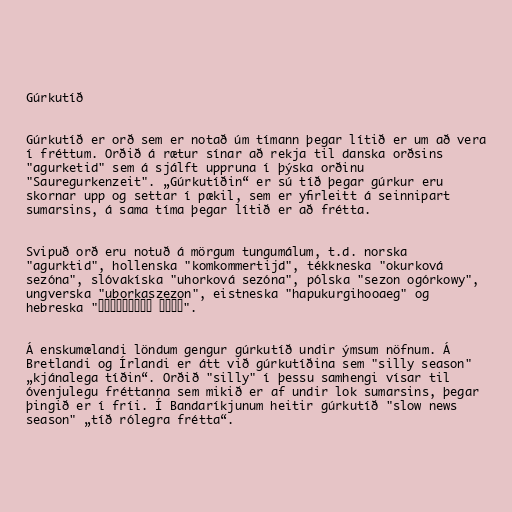
Gúrkutíð

Gúrkutíð er orð sem er notað úm tímann þegar lítið er um að vera
í fréttum. Orðið á rætur sínar að rekja til danska orðsins
"agurketid" sem á sjálft uppruna í þýska orðinu
"Sauregurkenzeit". „Gúrkutíðin“ er sú tíð þegar gúrkur eru
skornar upp og settar í pækil, sem er yfirleitt á seinnipart
sumarsins, á sama tíma þegar lítið er að frétta.

Svipuð orð eru notuð á mörgum tungumálum, t.d. norska
"agurktid", hollenska "komkommertijd", tékkneska "okurková
sezóna", slóvakíska "uhorková sezóna", pólska "sezon ogórkowy",
ungverska "uborkaszezon", eistneska "hapukurgihooaeg" og
hebreska "עונת המלפפונים".

Á enskumælandi löndum gengur gúrkutíð undir ýmsum nöfnum. Á
Bretlandi og Írlandi er átt við gúrkutíðina sem "silly season"
„kjánalega tíðin“. Orðið "silly" í þessu samhengi vísar til
óvenjulegu fréttanna sem mikið er af undir lok sumarsins, þegar
þingið er í fríi. Í Bandaríkjunum heitir gúrkutíð "slow news
season" „tíð rólegra frétta“.